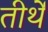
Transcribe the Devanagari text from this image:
तीर्थें